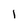
Character: l